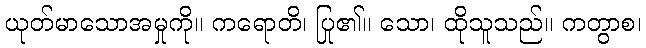
ယုတ်မာသောအမှုကို။ ကရောတိ၊ ပြု၏။ သော၊ ထိုသူသည်။ ကတွာစ၊